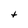
Character: t